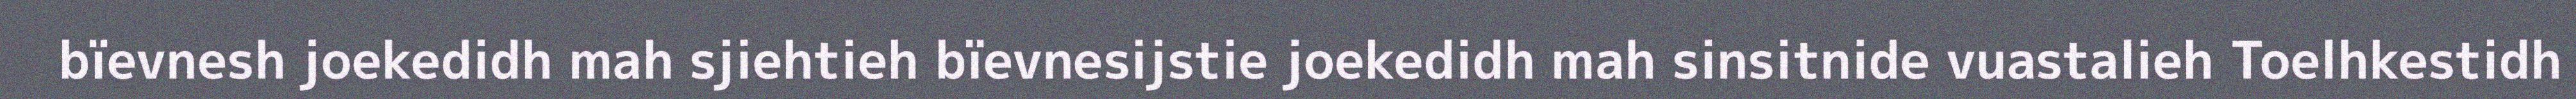
bïevnesh joekedidh mah sjiehtieh bïevnesijstie joekedidh mah sinsitnide vuastalieh Toelhkestidh